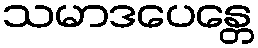
သမာဒပေန္တေ